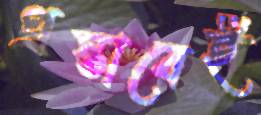
প্রস্তাবেই